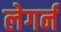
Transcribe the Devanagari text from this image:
लेगर्न